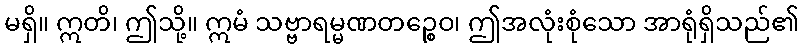
မရှိ။ ဣတိ၊ ဤသို့။ ဣမံ သဗ္ဗာရမ္မဏတဉ္စေဝ၊ ဤအလုံးစုံသော အာရုံရှိသည်၏